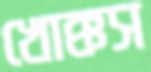
খোক্কস